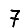
Digit: 7